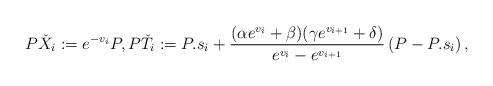
LaTeX: \begin{align*}P\check{X}_{i}:=e^{-v_{i}}P, P\check{T}_{i}:=P.s_{i}+\frac{(\alpha e^{v_{i}}+\beta)(\gamma e^{v_{i+1}}+\delta)}{e^{v_{i}}-e^{v_{i+1}}}\left(P-P.s_{i}\right), \end{align*}